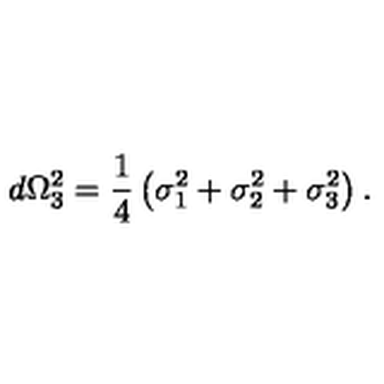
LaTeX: d \Omega _ { 3 } ^ { 2 } = \frac { 1 } { 4 } \left( \sigma _ { 1 } ^ { 2 } + \sigma _ { 2 } ^ { 2 } + \sigma _ { 3 } ^ { 2 } \right) .